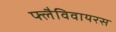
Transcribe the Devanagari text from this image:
फ्लैविवायरस